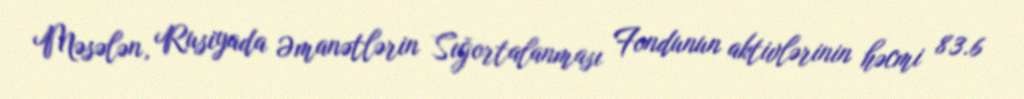
Məsələn, Rusiyada Əmanətlərin Sığortalanması Fondunun aktivlərinin həcmi 83.6